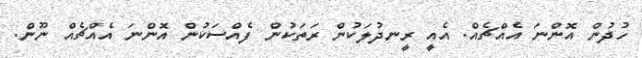
ހުދުން އޮންނަ އެއްޗެއް. އެއީ ރީނދުލަކުން ރަތަކުން ފެއްސަކުން އޮންނަ އެއްޗެއް ނޫން.